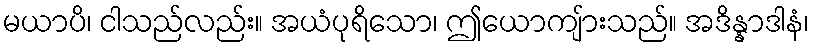
မယာပိ၊ ငါသည်လည်း။ အယံပုရိသော၊ ဤယောကျ်ားသည်။ အဒိန္နာဒါနံ၊